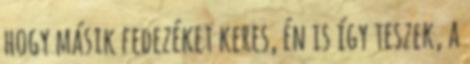
hogy másik fedezéket keres, én is így teszek, a